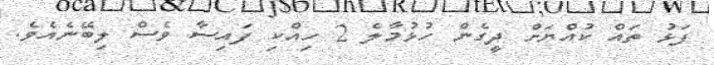
ފަޅު ތައް ކުއްޔަށް ދީގެން ހުޅުމާލެ 2 ހިއްކި ފައިސާ ވެސް ލިބޭނެއެވެ.